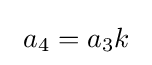
\ a_{4}=a_{3}k\